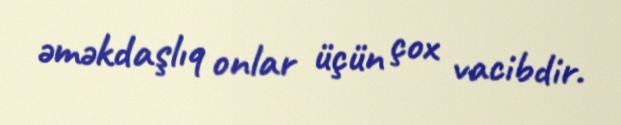
əməkdaşlıq onlar üçün çox vacibdir.